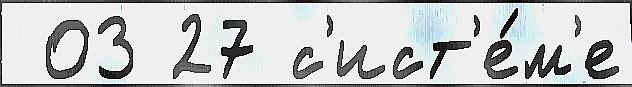
 03 27 с'ист'е́м'е